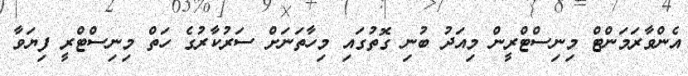
އެންވާރަމަންޓް މިނިސްޓްރީން މިއަދު ބުނި ގޮތުގައި މިހާތަނަށް ސަރުކާރުގެ ހަތް މިނިސްޓްރީ ފިޔަވާ